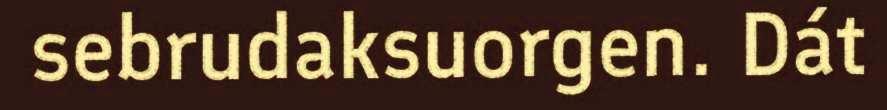
sebrudaksuorgen. Dát